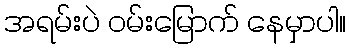
အရမ်းပဲ ဝမ်းမြောက် နေမှာပါ။